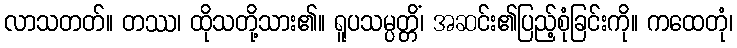
လာသတတ်။ တဿ၊ ထိုသတို့သား၏။ ရူပသမ္ပတ္တိံ၊ အဆင်း၏ပြည့်စုံခြင်းကို။ ကထေတုံ၊